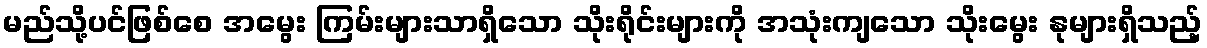
မည်သို့ပင်ဖြစ်စေ အမွေး ကြမ်းများသာရှိသော သိုးရိုင်းများကို အသုံးကျသော သိုးမွေး နုများရှိသည့်